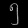
Digit: ၅